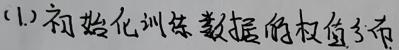
(1)初始化训练数据的权重分布